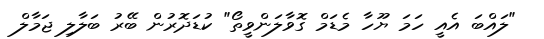
"ލައްބަ އެއީ ހަމަ ޔޫހާ މެޑަމް ގޮވާލަންވީތޯ" ކުޑަދޮރުން ބޭރު ބަލާލި ޖަމާލް